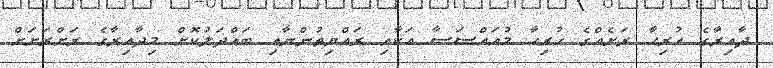
ދާއިރާގެ ހުރިހާ ރަށެއްގެ ހުރިހާ މުއައްސަސާ އަކާއި ރައްޔިތުންނާއި ބައްދަލުކޮށް މިދާއިރާގެ ރަށްރަށަށް